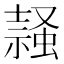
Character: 𧎹